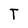
Character: T